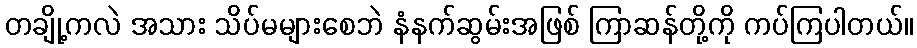
တချို့ကလဲ အသား သိပ်မများစေဘဲ နံနက်ဆွမ်းအဖြစ် ကြာဆန်တို့ကို ကပ်ကြပါတယ်။